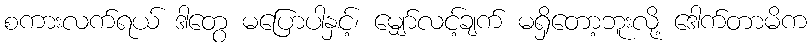
စကားလက်ရယ် ဒါတွေ မပြောပါနှင့်၊ မျှော်လင့်ချက် မရှိတော့ဘူးလို့ ဒေါက်တာမိက